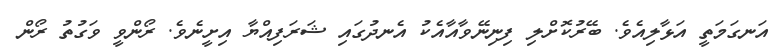
އަނގަމަތީ އަޅާލިއެވެ. ބޭރުކޮށްލި ފިނިނޭވާއާއެކު އެނދުގައި ޝަރަފިއްޔާ އިށީނެވެ. ރޯންވީ ވަގުތު ރޯން